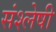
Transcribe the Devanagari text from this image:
संश्लेषी